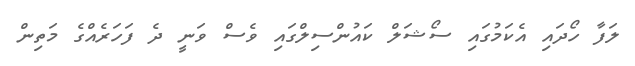
ލަފާ ހޯދައި އެކަމުގައި ސޯޝަލް ކައުންސިލްގައި ވެސް ވަނީ ދެ ފަހަރެއްގެ މަތިން